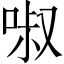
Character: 𠴫